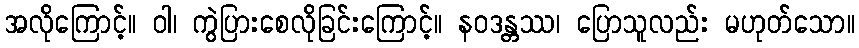
အလိုကြောင့်။ ဝါ၊ ကွဲပြားစေလိုခြင်းကြောင့်။ နဝဒန္တဿ၊ ပြောသူလည်း မဟုတ်သော။